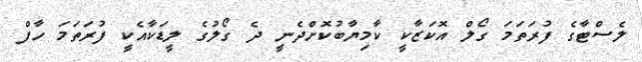
ލެސްޓާގެ ފުރަތަމަ ގޯލް އޮކަޒާކީ ކާމިޔާބުކޮށްދެނީ ދެ ގޯލުގެ ލީޑަކާއެކީ ފުރަތަމަ ހާފް